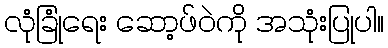
လုံခြုံရေး ဆော့ဖ်ဝဲကို အသုံးပြုပါ။